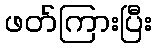
ဖတ်ကြားပြီး